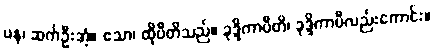
ပန၊ ဆက်ဦးအံ့။ ဧသာ၊ ထိုပီတိသည်။ ခုဒ္ဒိကာပီတိ၊ ခုဒ္ဒိကာပီလည်းကောင်း။